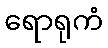
ရောရုကံ